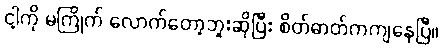
ငါ့ကို မကြိုက် လောက်တော့ဘူးဆိုပြီး စိတ်ဓာတ်ကကျနေပြီ။